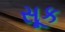
સૂક